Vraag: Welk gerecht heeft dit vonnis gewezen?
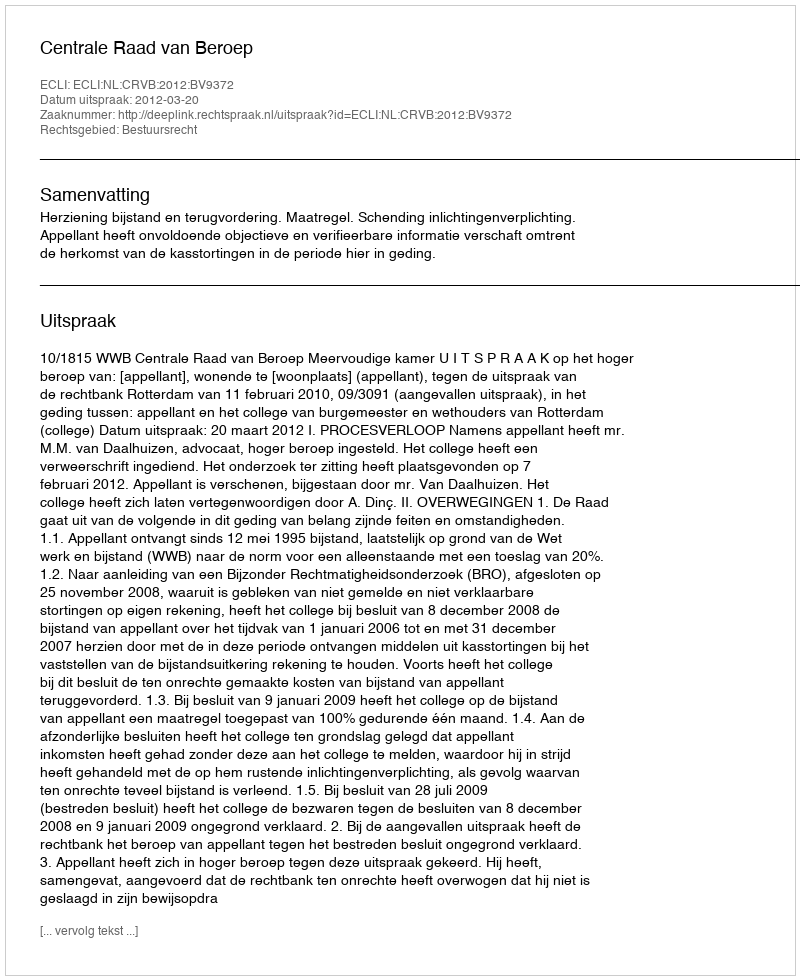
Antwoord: Centrale Raad van Beroep